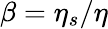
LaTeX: \beta=\eta_{s}/\eta